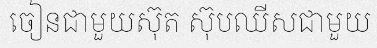
ចៀនជាមួយស៊ុត ស៊ុបឈីសជាមួយ